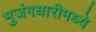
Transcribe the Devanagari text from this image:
भुजंगधारीमध्ये